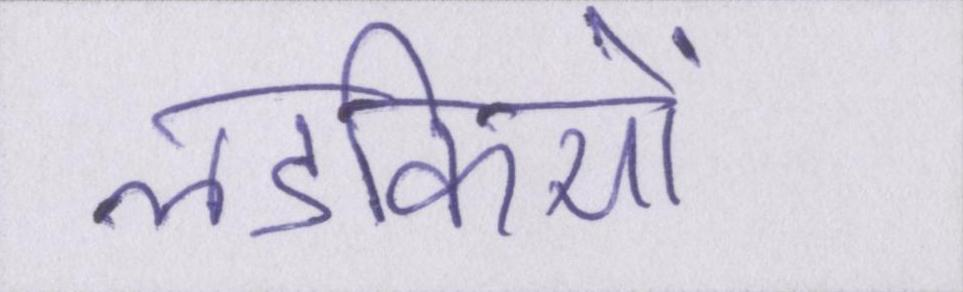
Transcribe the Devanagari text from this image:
लडकियों